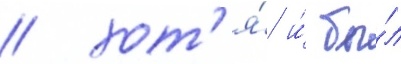
/ хот'я́ и́ бы́л